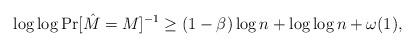
LaTeX: \begin{align*}\log \log \Pr[\hat{M} = M]^{-1} \geq (1-\beta)\log n + \log \log n +\omega(1),\end{align*}